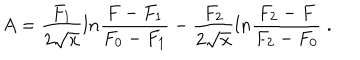
A = \frac { F _ { 1 } } { 2 \sqrt { x } } l n \frac { F - F _ { 1 } } { F _ { 0 } - F _ { 1 } } - \frac { F _ { 2 } } { 2 \sqrt { x } } l n \frac { F _ { 2 } - F } { F _ { 2 } - F _ { 0 } } \; .